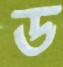
ড